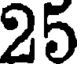
25